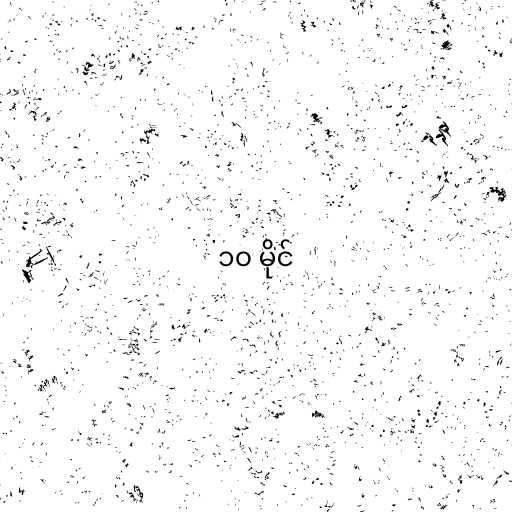
၁၀ မိုင်